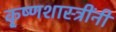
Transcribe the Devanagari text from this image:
कृ्ष्णशास्त्रींनी